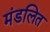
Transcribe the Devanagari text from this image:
मंडलित